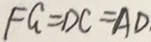
F G = D C = A D